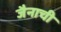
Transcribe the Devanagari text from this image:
जैनाची